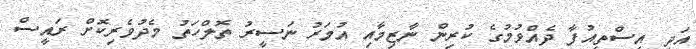
އަދި އިސްތިއުފާ ދެއްވުމުގެ ކުރިން ނާޒިމާއި އުމަރު ނަސީރު ތޮލްހަތު މެދުވެރިކޮށް ރައީސް